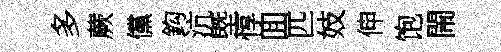
多蕨儻鈎沆塈惇囬匹妓伸饱閙